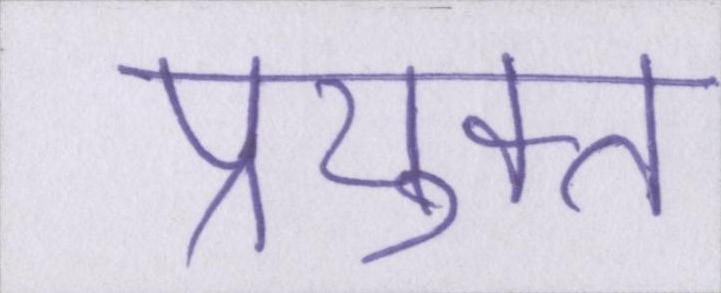
प्रयुक्त